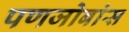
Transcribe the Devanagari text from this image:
पणजोबांस